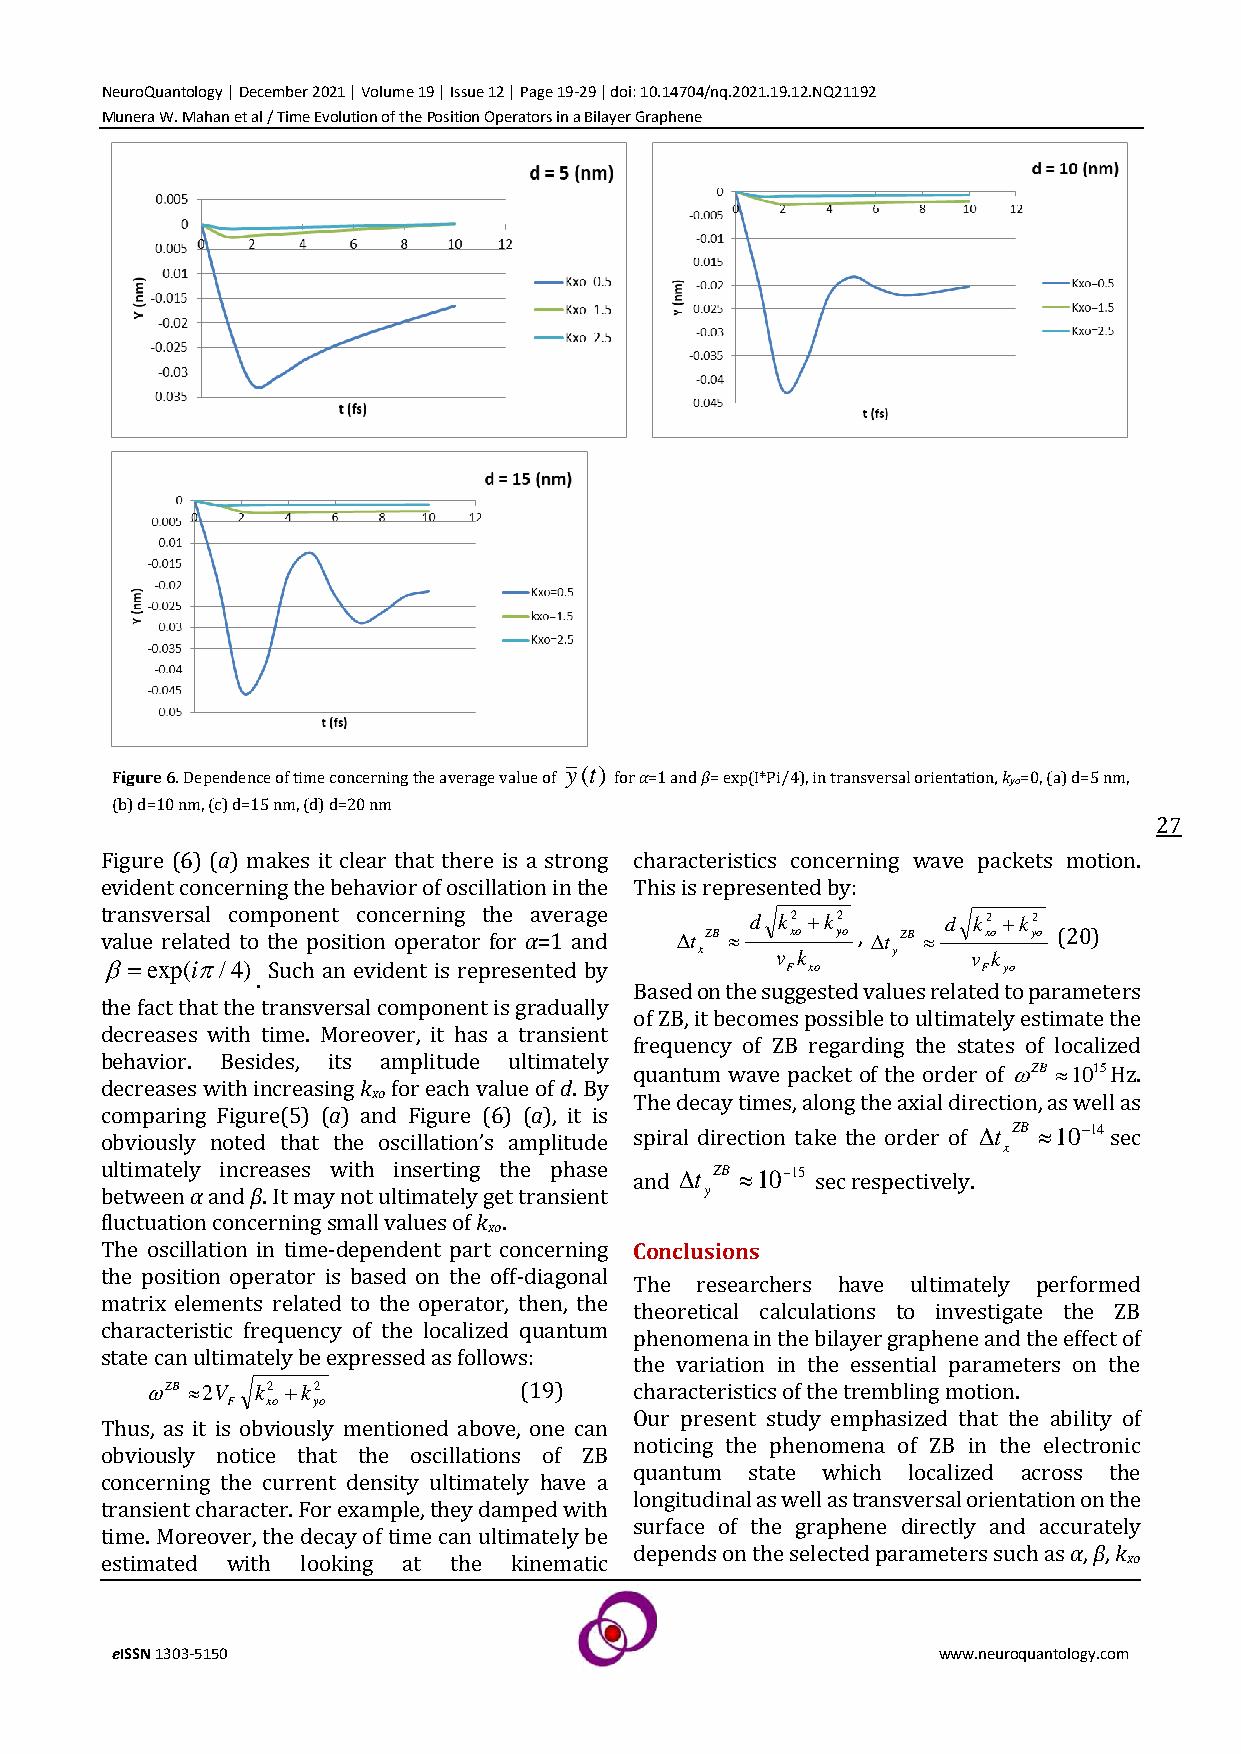
NeuroQuantology | December 2021 | Volume 19 | Issue 12 | Page 19-29 | doi: 10.14704/nq.2021.19.12.NQ21192
 Munera W. Mahan et al / Time Evolution of the Position Operators in a Bilayer Graphene
 y(t)
 Figure 6. Dependence of time concerning the average value of for α=1 and β= exp(I*Pi/4), in transversal orientation, kyo=0, (a) d=5 nm,
 (b) d=10 nm, (c) d=15 nm, (d) d=20 nm
 27
 Figure (6) (a) makes it clear that there is a strong characteristics concerning wave packets motion.
 evident concerning the behavior of oscillation in the This is represented by:
 transversal component concerning the average d k2 +k2   d k2 +k2
 value related to the position operator for α=1 and t ZB  xo yo , t ZB  xo yo (20)
 x    v k     y    v k
 =exp(i/4) Such an evident is represented by F xo        F yo
 .
 Based on the suggested values related to parameters
 the fact that the transversal component is gradually
 of ZB, it becomes possible to ultimately estimate the
 decreases with time. Moreover, it has a transient
 frequency of ZB regarding the states of localized
 behavior. Besides, its amplitude ultimately
 quantum wave packet of the order of ZB 1015Hz.
 decreases with increasing k for each value of d. By
 xo               The decay times, along the axial direction, as well as
 comparing Figure(5) (a) and Figure (6) (a), it is
 obviously noted that the oscillation’s amplitude spiral direction take the order of t ZB 10−14sec
 x
 ultimately increases with inserting the phase and t ZB 10−15 sec respectively.
 between α and β. It may not ultimately get transient y
 fluctuation concerning small values of k .
 xo
 The oscillation in time-dependent part concerning Conclusions
 the position operator is based on the off-diagonal
 The researchers have ultimately performed
 matrix elements related to the operator, then, the
 theoretical calculations to investigate the ZB
 characteristic frequency of the localized quantum
 phenomena in the bilayer graphene and the effect of
 state can ultimately be expressed as follows:
 the variation in the essential parameters on the
 ZB 2V k2 +k2          (19)    characteristics of the trembling motion.
 F  xo yo
 Our present study emphasized that the ability of
 Thus, as it is obviously mentioned above, one can
 noticing the phenomena of ZB in the electronic
 obviously notice that the oscillations of ZB
 quantum state which localized across the
 concerning the current density ultimately have a
 longitudinal as well as transversal orientation on the
 transient character. For example, they damped with
 surface of the graphene directly and accurately
 time. Moreover, the decay of time can ultimately be
 depends on the selected parameters such as α, β, k
 estimated with looking at the kinematic                             xo
 eISSN 1303-5150                                        www.neuroquantology.com